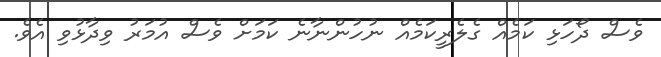
ވެސް ދޯހަޅި ކަމެއް ގެލެރީކަމެއް ނުހުންނާނެ ކަމަށް ވެސް އުމަރު ވިދާޅުވި އެވެ.